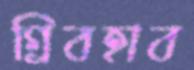
গ্রিবহাব